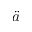
\ddot { a }